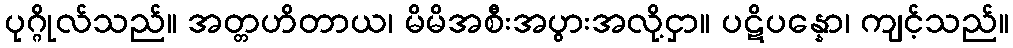
ပုဂ္ဂိုလ်သည်။ အတ္တဟိတာယ၊ မိမိအစီးအပွားအလို့ငှာ။ ပဋိပန္နော၊ ကျင့်သည်။